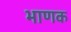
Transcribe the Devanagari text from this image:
भाणक